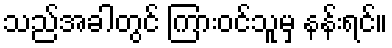
သည်အခါတွင် ကြားဝင်သူမှ နန်းရင်။